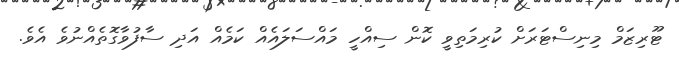
ޓޫރިޒަމް މިނިސްޓަރަށް ކުރިމަތިވީ ކޮން ސިއްހީ މައްސަލައެއް ކަމެއް އަދި ސާފުވާގޮތެއްނުވެ އެވެ.